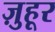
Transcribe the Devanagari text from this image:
ज़ुहूर